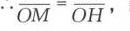
\(\because\overrightarrow{OM}=\overrightarrow{OH}\)